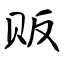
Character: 贩